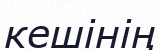
кешінің